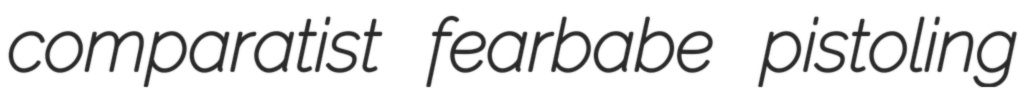
comparatist fearbabe pistoling